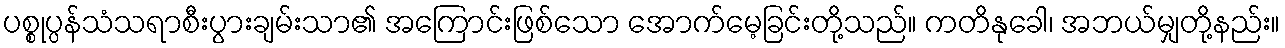
ပစ္စုပ္ပန်သံသရာစီးပွားချမ်းသာ၏ အကြောင်းဖြစ်သော အောက်မေ့ခြင်းတို့သည်။ ကတိနုခေါ၊ အဘယ်မျှတို့နည်း။